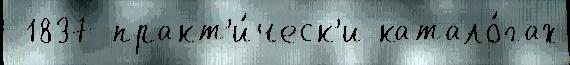
 1837 практ'и́ческ'и катало́гах